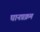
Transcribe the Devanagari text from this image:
घानप्रक्रम